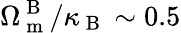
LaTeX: \Omega_{\mathrm{~m~}}^{\mathrm{~B~}}/\kappa_{\mathrm{~B~}}\sim 0.5